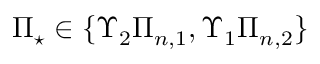
\Pi _ { \star } \in \{ \Upsilon _ { 2 } \Pi _ { n , 1 } , \Upsilon _ { 1 } \Pi _ { n , 2 } \}